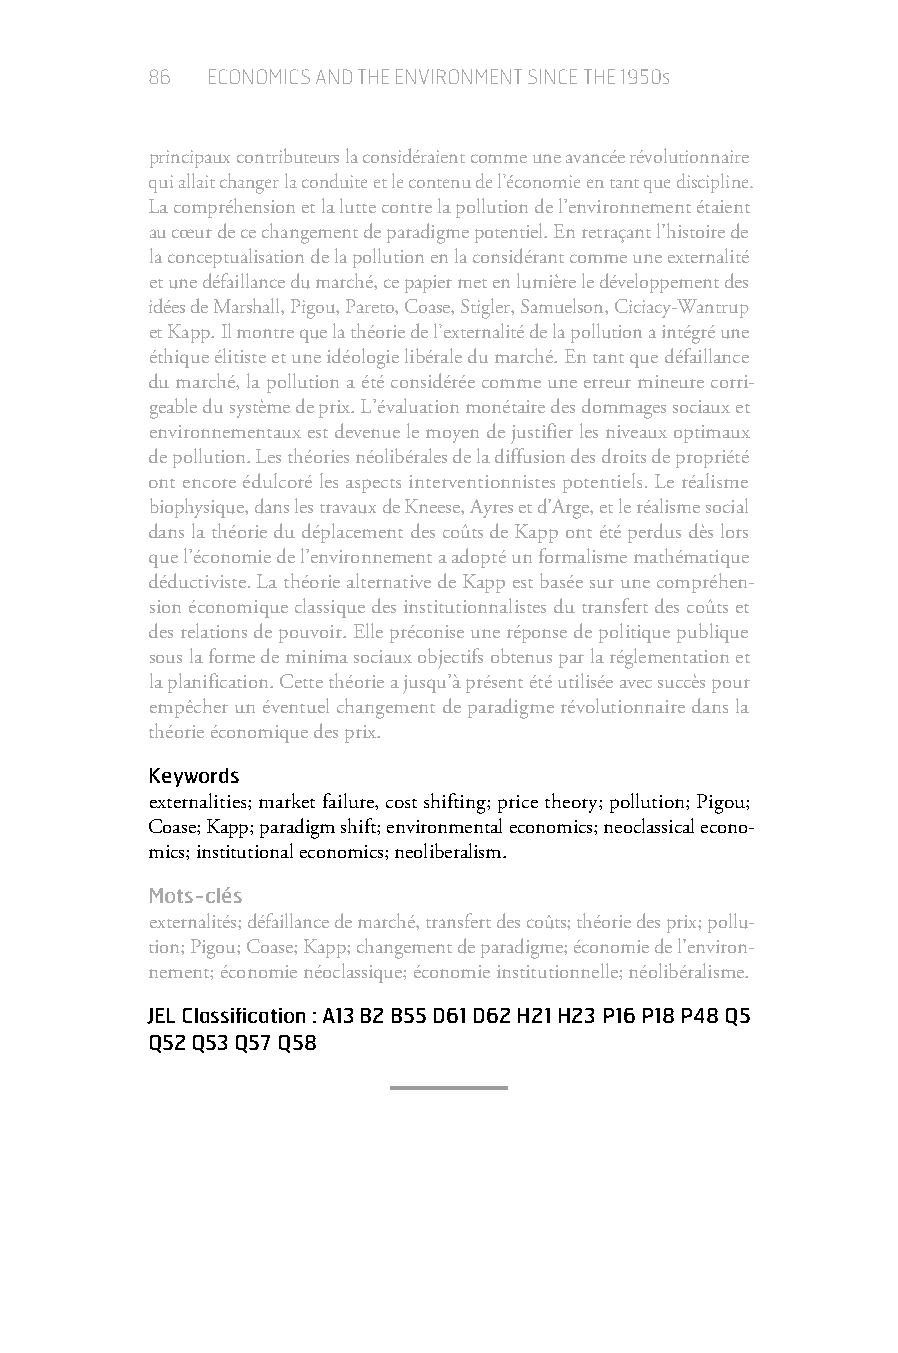
86  ECONOMICS AND THE ENVIRONMENT SINCE THE 1950s
 principaux contributeurs la considéraient comme une avancée révolutionnaire
 qui allait changer la conduite et le contenu de l’économie en tant que discipline.
 La compréhension et la lutte contre la pollution de l’environnement étaient
 au cœur de ce changement de paradigme potentiel. En retraçant l’histoire de
 la conceptualisation de la pollution en la considérant comme une externalité
 et une défaillance du marché, ce papier met en lumière le développement des
 idées de Marshall, Pigou, Pareto, Coase, Stigler, Samuelson, Ciciacy-Wantrup
 et Kapp. Il montre que la théorie de l’externalité de la pollution a intégré une
 éthique élitiste et une idéologie libérale du marché. En tant que défaillance
 du marché, la pollution a été considérée comme une erreur mineure corri-
 geable du système de prix. L’évaluation monétaire des dommages sociaux et
 environnementaux est devenue le moyen de justifier les niveaux optimaux
 de pollution. Les théories néolibérales de la diffusion des droits de propriété
 ont encore édulcoré les aspects interventionnistes potentiels. Le réalisme
 biophysique, dans les travaux de Kneese, Ayres et d’Arge, et le réalisme social
 dans la théorie du déplacement des coûts de Kapp ont été perdus dès lors
 que l’économie de l’environnement a adopté un formalisme mathématique
 déductiviste. La théorie alternative de Kapp est basée sur une compréhen-
 sion économique classique des institutionnalistes du transfert des coûts et
 des relations de pouvoir. Elle préconise une réponse de politique publique
 sous la forme de minima sociaux objectifs obtenus par la réglementation et
 la planification. Cette théorie a jusqu’à présent été utilisée avec succès pour
 empêcher un éventuel changement de paradigme révolutionnaire dans la
 théorie économique des prix.
 Keywords
 externalities; market failure, cost shifting; price theory; pollution; Pigou;
 Coase; Kapp; paradigm shift; environmental economics; neoclassical econo-
 mics; institutional economics; neoliberalism.
 Mots-clés
 externalités; défaillance de marché, transfert des coûts; théorie des prix; pollu-
 tion; Pigou; Coase; Kapp; changement de paradigme; économie de l’environ-
 nement; économie néoclassique; économie institutionnelle; néolibéralisme.
 JEL Classification : A13 B2 B55 D61 D62 H21 H23 P16 P18 P48 Q5
 Q52 Q53 Q57 Q58